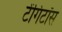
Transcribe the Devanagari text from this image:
टेंगिटॉस